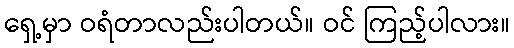
ရှေ့မှာ ဝရံတာလည်းပါတယ်။ ဝင် ကြည့်ပါလား။